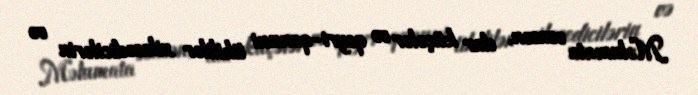
Məlumata əsasən, dar küçələr və qeyri-qanuni tikililər xilasedicilərin və